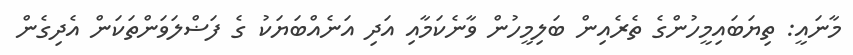
މާނައީ: ތިޔަބައިމީހުންގެ ތެރެއިން ބަލިމީހުން ވާނެކަމާއި އަދި އަނެއްބަޔަކު ގެ ފަޟްލަވަންތަކަން އެދިގެން